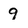
Character: 9